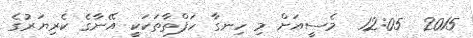
2015  12:05  މެސީއަށް މި ހިނގާ ހަފްތާތަކަކީ އޭނާގެ ކެރިޔަރުގެ